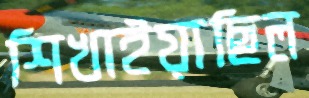
শিখাইয়াছিল